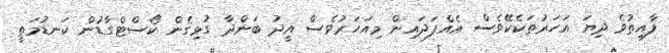
ފާއިތުވެ ދިޔަ އަހަރުތަކެކޭވެސް އެއްފަދައިން މިއަހަރުވެސް އީދު ބަންދާ ގުޅިގެން ކޯސްޓްގާޑުން ކަނޑުމަތީ